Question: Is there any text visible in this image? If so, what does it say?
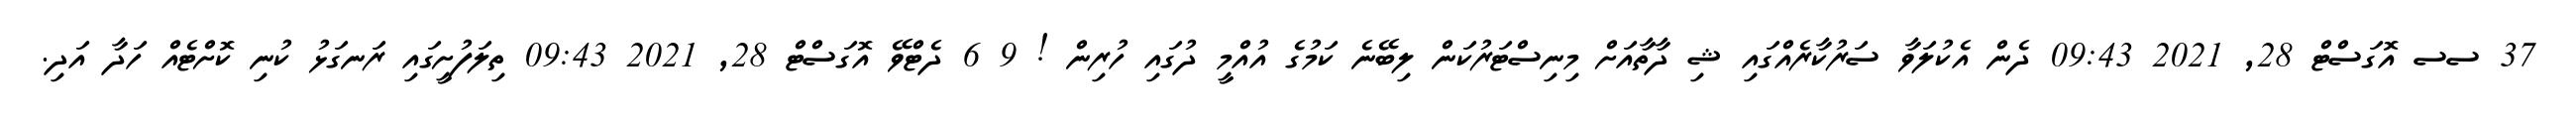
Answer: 37 ސސ އޮގަސްޓް 28, 2021 09:43 ދެން އެކުލަވާ ސަރުކާރެއްގައި ޝި ދާތާއަށް މިނިސްޓަރުކަން ލިބޭނެ ކަމުގެ އުއްމީ ދުގައި ހުރިން ! 9 6 ދެޓްވޭ އޮގަސްޓް 28, 2021 09:43 ތިލަފުށީގައި ރަނގަޅު ކުނި ކޮށްޓެއް ހަދާ އަދި.